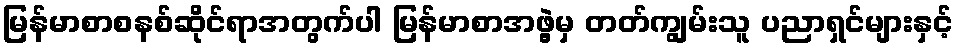
မြန်မာစာစနစ်ဆိုင်ရာအတွက်ပါ မြန်မာစာအဖွဲ့မှ တတ်ကျွမ်းသူ ပညာရှင်များနှင့်